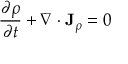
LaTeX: { \frac { \partial \rho } { \partial t } } + \nabla \cdot \mathbf { J } _ { \rho } = 0